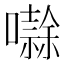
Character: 𭋱